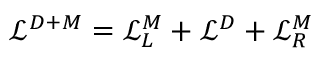
\mathcal { L } ^ { D + M } = \mathcal { L } _ { L } ^ { M } + \mathcal { L } ^ { D } + \mathcal { L } _ { R } ^ { M }